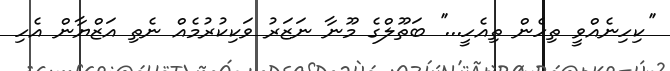
''ކިހިނެއްވީ ތިހެން ތިއެހީ...'' ބަތޫލްގެ މޫނާ ނަޒަރު ވަކިކުރުމެއް ނެތި އަޒްޔާން އެހި